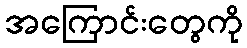
အကြောင်းတွေကို